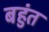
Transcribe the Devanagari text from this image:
बहुंत